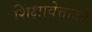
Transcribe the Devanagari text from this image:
शिक्षावेत्ताओं